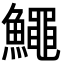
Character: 鱦